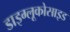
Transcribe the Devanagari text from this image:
डाइग्लूकोसाइड